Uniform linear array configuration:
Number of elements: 8
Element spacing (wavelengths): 1
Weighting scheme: hamming
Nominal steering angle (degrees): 15
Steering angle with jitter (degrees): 14.074
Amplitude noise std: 0.05
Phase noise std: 0.05

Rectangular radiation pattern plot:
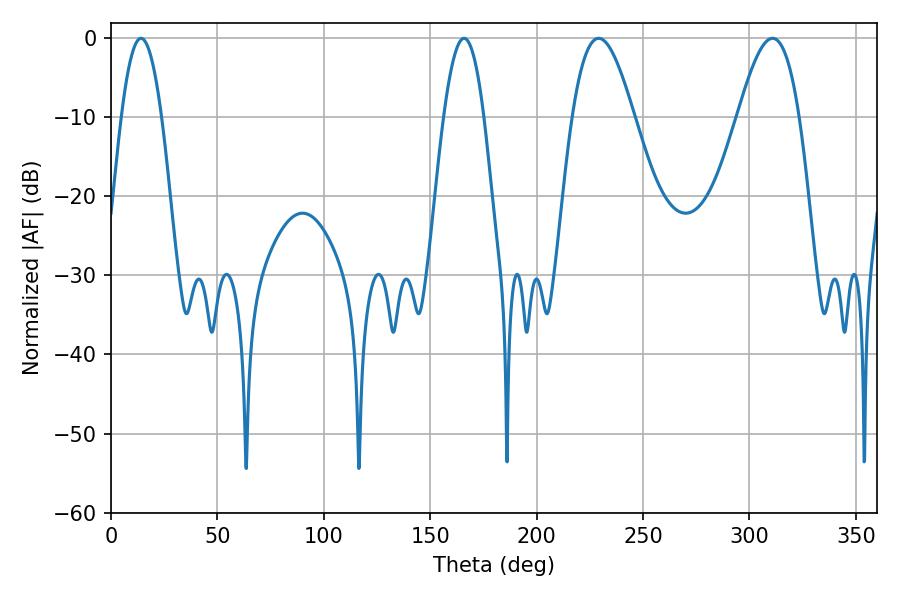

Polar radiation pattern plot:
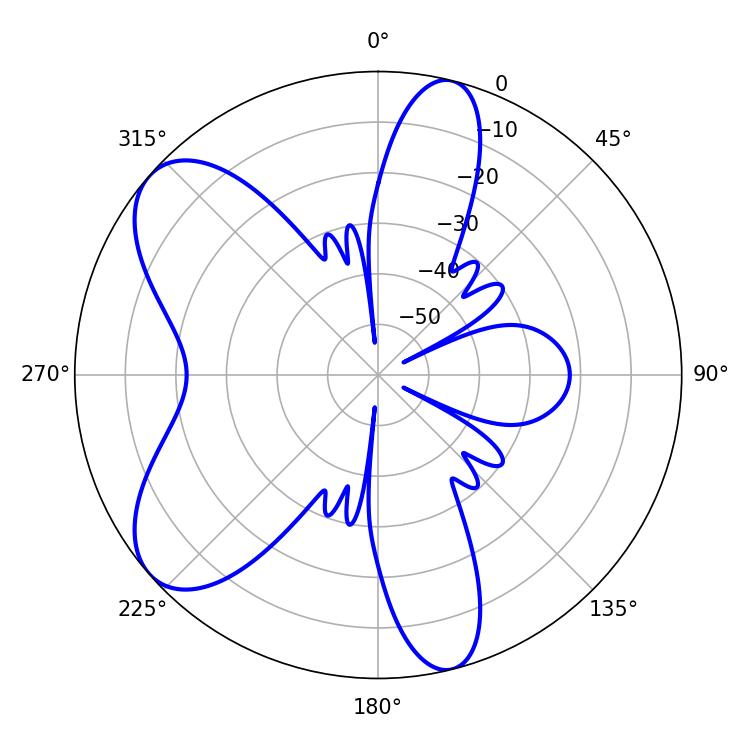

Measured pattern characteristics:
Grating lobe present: TRUE
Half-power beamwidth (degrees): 15.66
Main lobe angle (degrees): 229.14